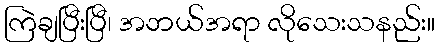
ကြဲချပြီးပြီ၊ အဘယ်အရာ လိုသေးသနည်း။